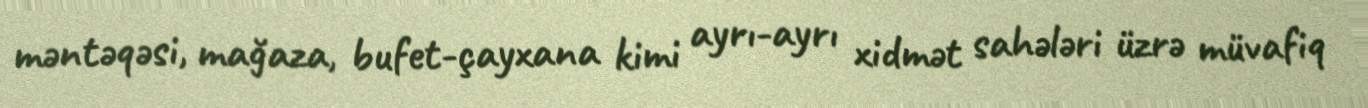
məntəqəsi, mağaza, bufet-çayxana kimi ayrı-ayrı xidmət sahələri üzrə müvafiq